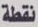
نقطة